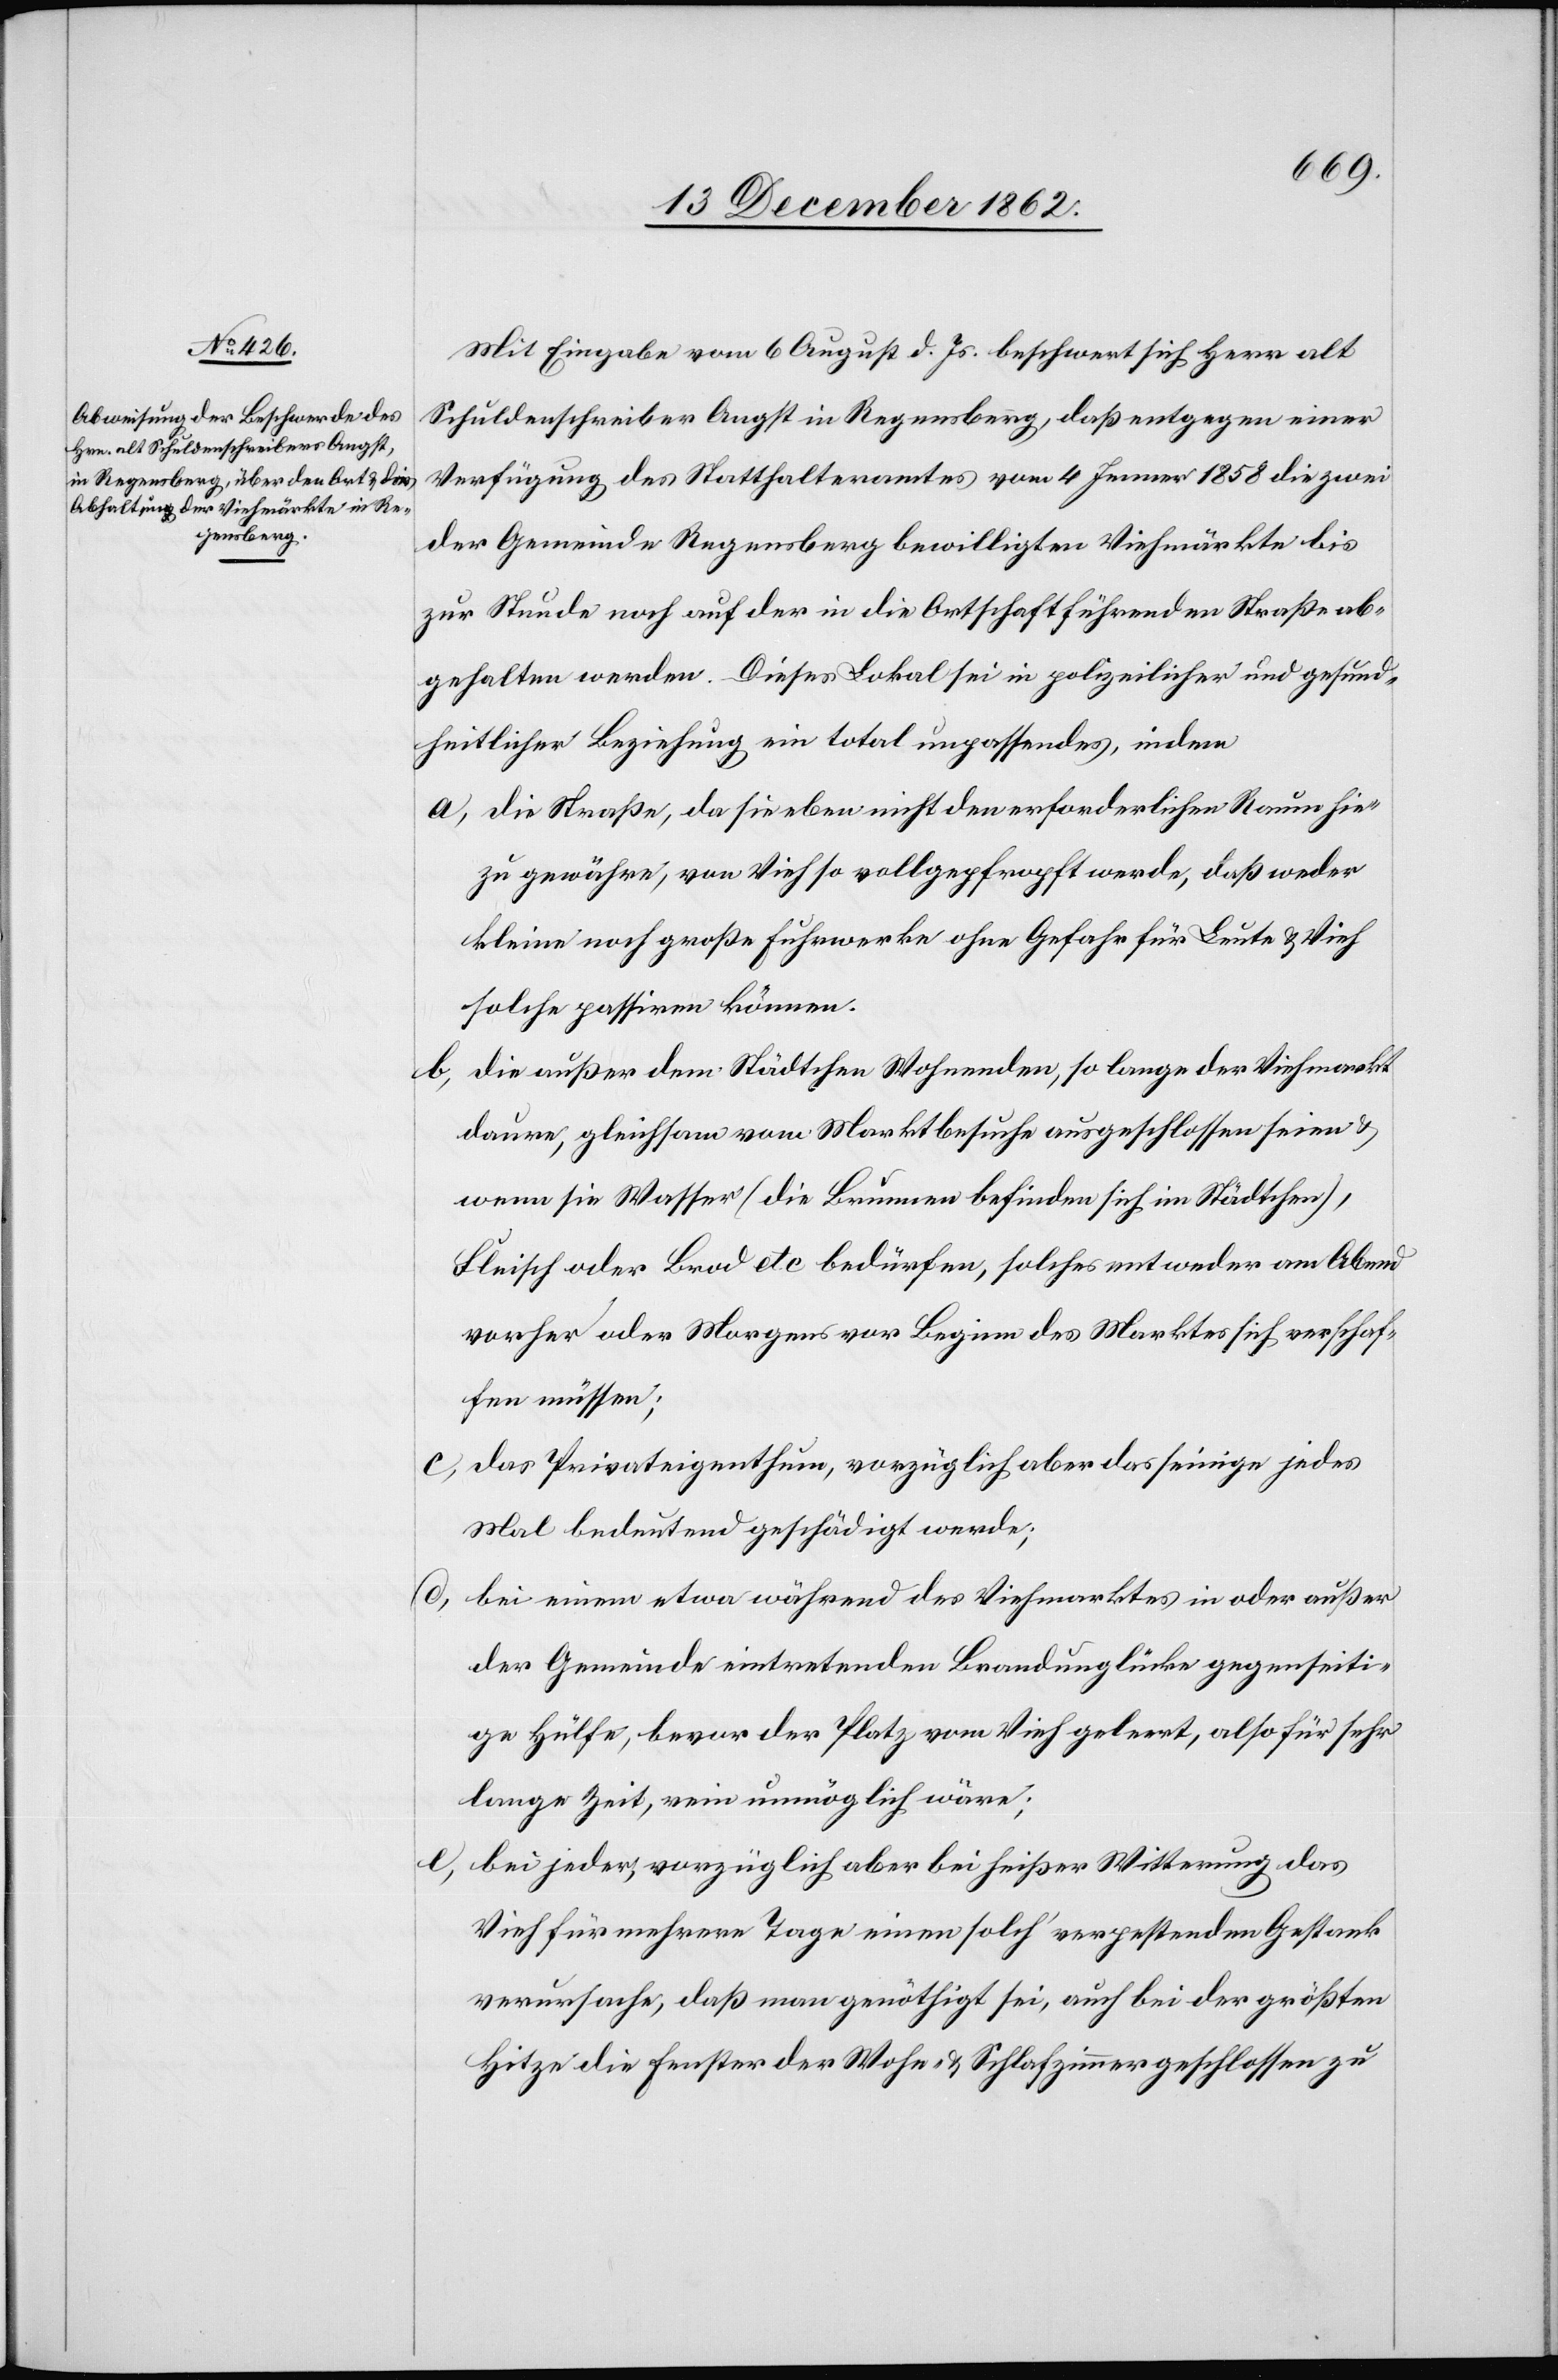
Mit Eingabe vom 6. August d. Js. beschwert sich Herr alt
Schuldenschreiber Angst in Regensberg, daß entgegen einer
Verfügung des Statthalteramtes vom 4. Jenner 1858 die zwei
der Gemeinde Regensberg bewilligten Viehmärkte bis
zur Stunde noch auf der in die Ortschaft führenden Straße ab¬
gehalten werden. Dieses Lokal sei in polizeilicher und gesund¬
heitlicher Beziehung ein total umpassendes, indem
a. die Straße, da sie eben nicht den erforderlichen Raum hie¬
zu gewähre, von Vieh so vollgepfropft werde, daß weder
kleine noch große Fuhrwerke ohne Gefahr für Leute u. Vieh
solche passiren können.
b. die außer dem Städtchen Wohnenden, so lange der Viehmarkt
daure, gleichsam vom Marktbesuche ausgeschlossen seien u.
wenn sie Wasser (die Brunnen befinden sich im Städtchen),
Fleisch oder Brod etc. bedürfen, solches entweder am Abend
vorher oder Morgens vor Beginn des Marktes sich verschaf¬
fen müssen;
c. das Privateigenthum, vorzüglich aber das seinige jedes
Mal bedeutend geschädigt werde;
d.
bei einem etwa während des Viehmarktes in oder außer
der Gemeinde eintretenden Brandunglücke gegenseiti¬
ge Hülfe, bevor der Platz vom Vieh geleert, also für sehr
lange Zeit, rein unmöglich wäre;
e. bei jeder, vorzüglich aber bei heißer Witterung das
Vieh für mehrere Tage einen solch’ verpestenden Gestank
verursache, daß man genöthigt sei, auch bei der größten
Hitze die Fenster der Wohn- u. Schlafzimmer geschlossen zu